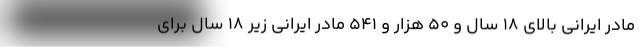
مادر ایرانی بالای ۱۸ سال و ۵۰ هزار و ۵۴۱ مادر ایرانی زیر ۱۸ سال برای